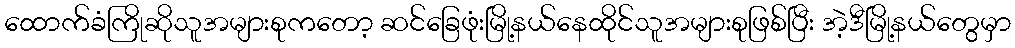
ထောက်ခံကြိုဆိုသူအများစုကတော့ ဆင်ခြေဖုံးမြို့နယ်နေထိုင်သူအများစုဖြစ်ပြီး အဲ့ဒီမြို့နယ်တွေမှာ